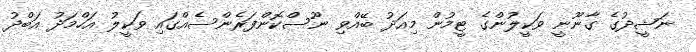
ނަޝީދުގެ ގާނޫނީ ވަކީލުންގެ ޓީމުން މިއަދު ބޭއްވި ނޫސްކޮންފަރެންސެއްގައި ވަކީލު އަހްމަދު އަބްދު